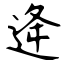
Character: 逄